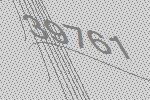
39761